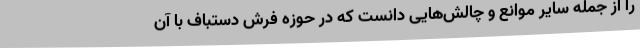
را از جمله سایر موانع و چالش‌هایی دانست که در حوزه فرش دستباف با آن